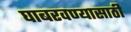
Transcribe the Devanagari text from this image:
घाबरवण्यासाठी